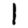
Digit: 1